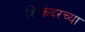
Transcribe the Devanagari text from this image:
शिकंदरच्या